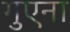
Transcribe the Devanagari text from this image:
गुएना